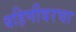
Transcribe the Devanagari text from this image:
बहिणीवरचा